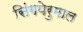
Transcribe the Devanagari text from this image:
सिंगपेरुमाल